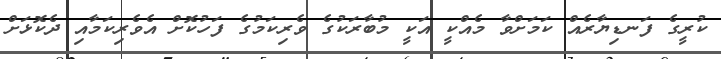
ކުރީގެ ފަނޑިޔާރެއް ކަމަށްވާ މެއްކީ އަކީ މުބާރަކުގެ ވެރިކަމުގެ ފަހުކޮށް އެވެރިކަމާއި ދެކޮޅަށް